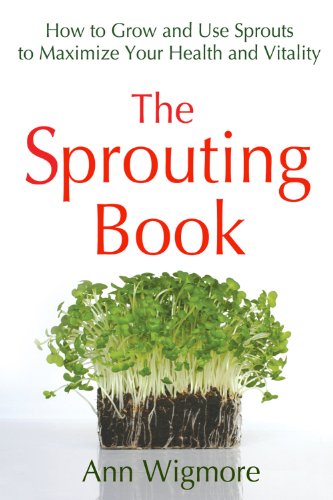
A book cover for The Sprouting Book: How to Grow and Use Sprouts to Maximize Your Health and Vitality; Ann Wigmore; Cookbooks, Food & Wine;